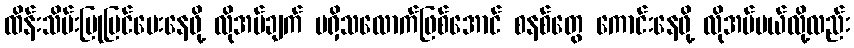
ထိန်းသိမ်းပြုပြင်ပေးနေဖို့ လိုအပ်ချက် မရှိသလောက်ဖြစ်အောင် စနစ်တွေ ကောင်းနေဖို့ လိုအပ်မယ်လို့လည်း